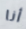
أنا